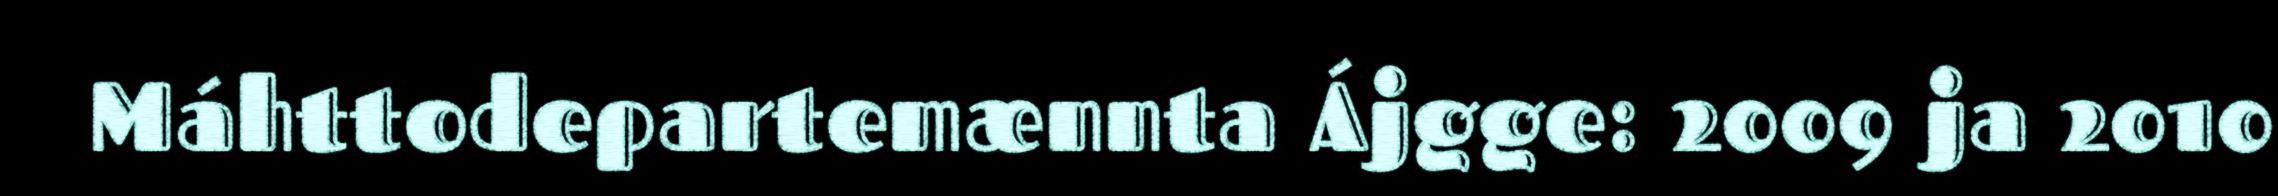
Máhttodepartemænnta Ájgge: 2009 ja 2010